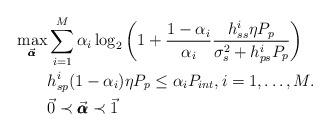
LaTeX: \begin{align*}\max_{\vec{\pmb{\alpha}}}& \sum_{i=1}^M \alpha_i \log_2\left(1+\frac{1-\alpha_i}{\alpha_i}\frac{h_{ss}^i\eta P_p}{\sigma_s^2+h_{ps}^iP_p}\right) \\& h_{sp}^i(1-\alpha_i)\eta P_p\leq\alpha_i P_{int},i=1,\ldots,M.\\& \vec{0}\prec\vec{\pmb{\alpha}}\prec\vec{1} \end{align*}